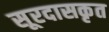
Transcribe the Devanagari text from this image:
सूरदासकृत